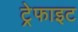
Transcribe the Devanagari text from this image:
ट्रेफाइट